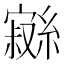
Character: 𱚖